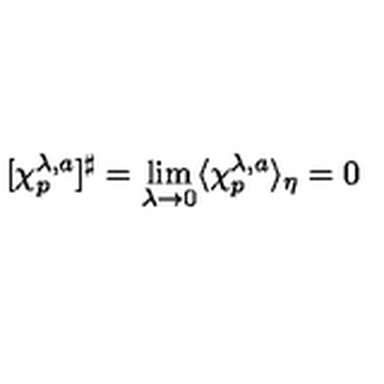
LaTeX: [ \chi _ { p } ^ { \lambda , a } ] ^ { \sharp } = \lim _ { \lambda \rightarrow 0 } \langle \chi _ { p } ^ { \lambda , a } \rangle _ { \eta } = 0